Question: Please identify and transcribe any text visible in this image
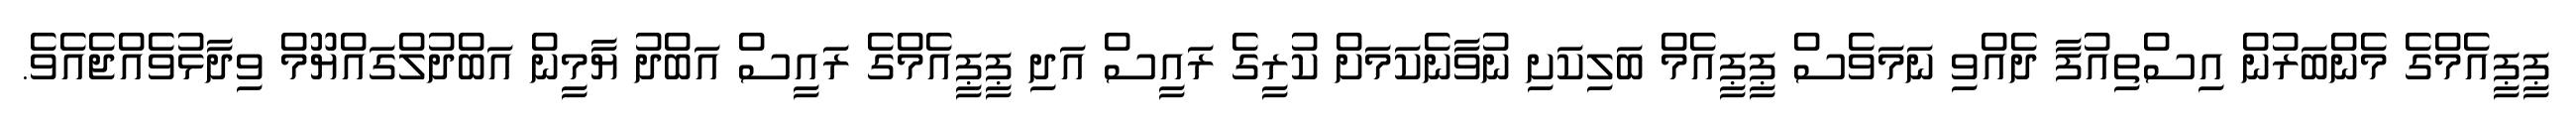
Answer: ޕީޕީއެމްގެ މެންބަރުން އިސްތިއުފާ ދެއްވި ނަމަވެސް ޕީޕީއެމް ބަލިކަށި ނުވާނެކަމަށް ކުރީގެ ރައީސް އަދި ޕީޕީއެމްގެ ރައީސް އަބްދު ޔާމީން އަބްދުލްގައްޔޫމް ވިދާޅުވެއްޖެއެވެ.